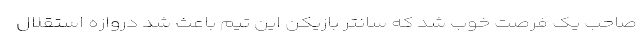
صاحب یک فرصت خوب شد که سانتر بازیکن این تیم باعث شد دروازه استقلال